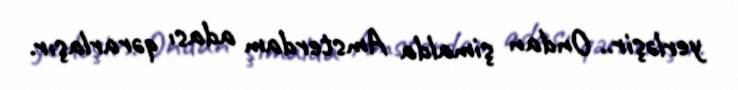
yerləşir.. Ondan şimalda Amsterdam adası qərarlaşır.